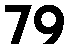
79